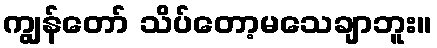
ကျွန်တော် သိပ်တော့မသေချာဘူး။